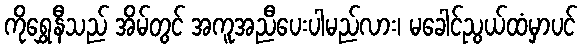
ကိုရွှေနီသည် အိမ်တွင် အကူအညီပေးပါမည်လား၊ မခေါင်ညွယ်ထံမှာပင်